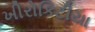
ખીરોકિટીયા